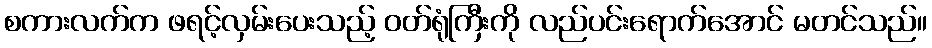
စကားလက်က ဖရင့်လှမ်းပေးသည့် ဝတ်ရုံကြီးကို လည်ပင်းရောက်အောင် မတင်သည်။